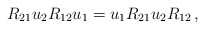
\begin{align*}R_{21}u_2R_{12}u_1=u_1R_{21}u_2R_{12}\,, \end{align*}